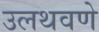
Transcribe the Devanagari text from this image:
उलथवणे